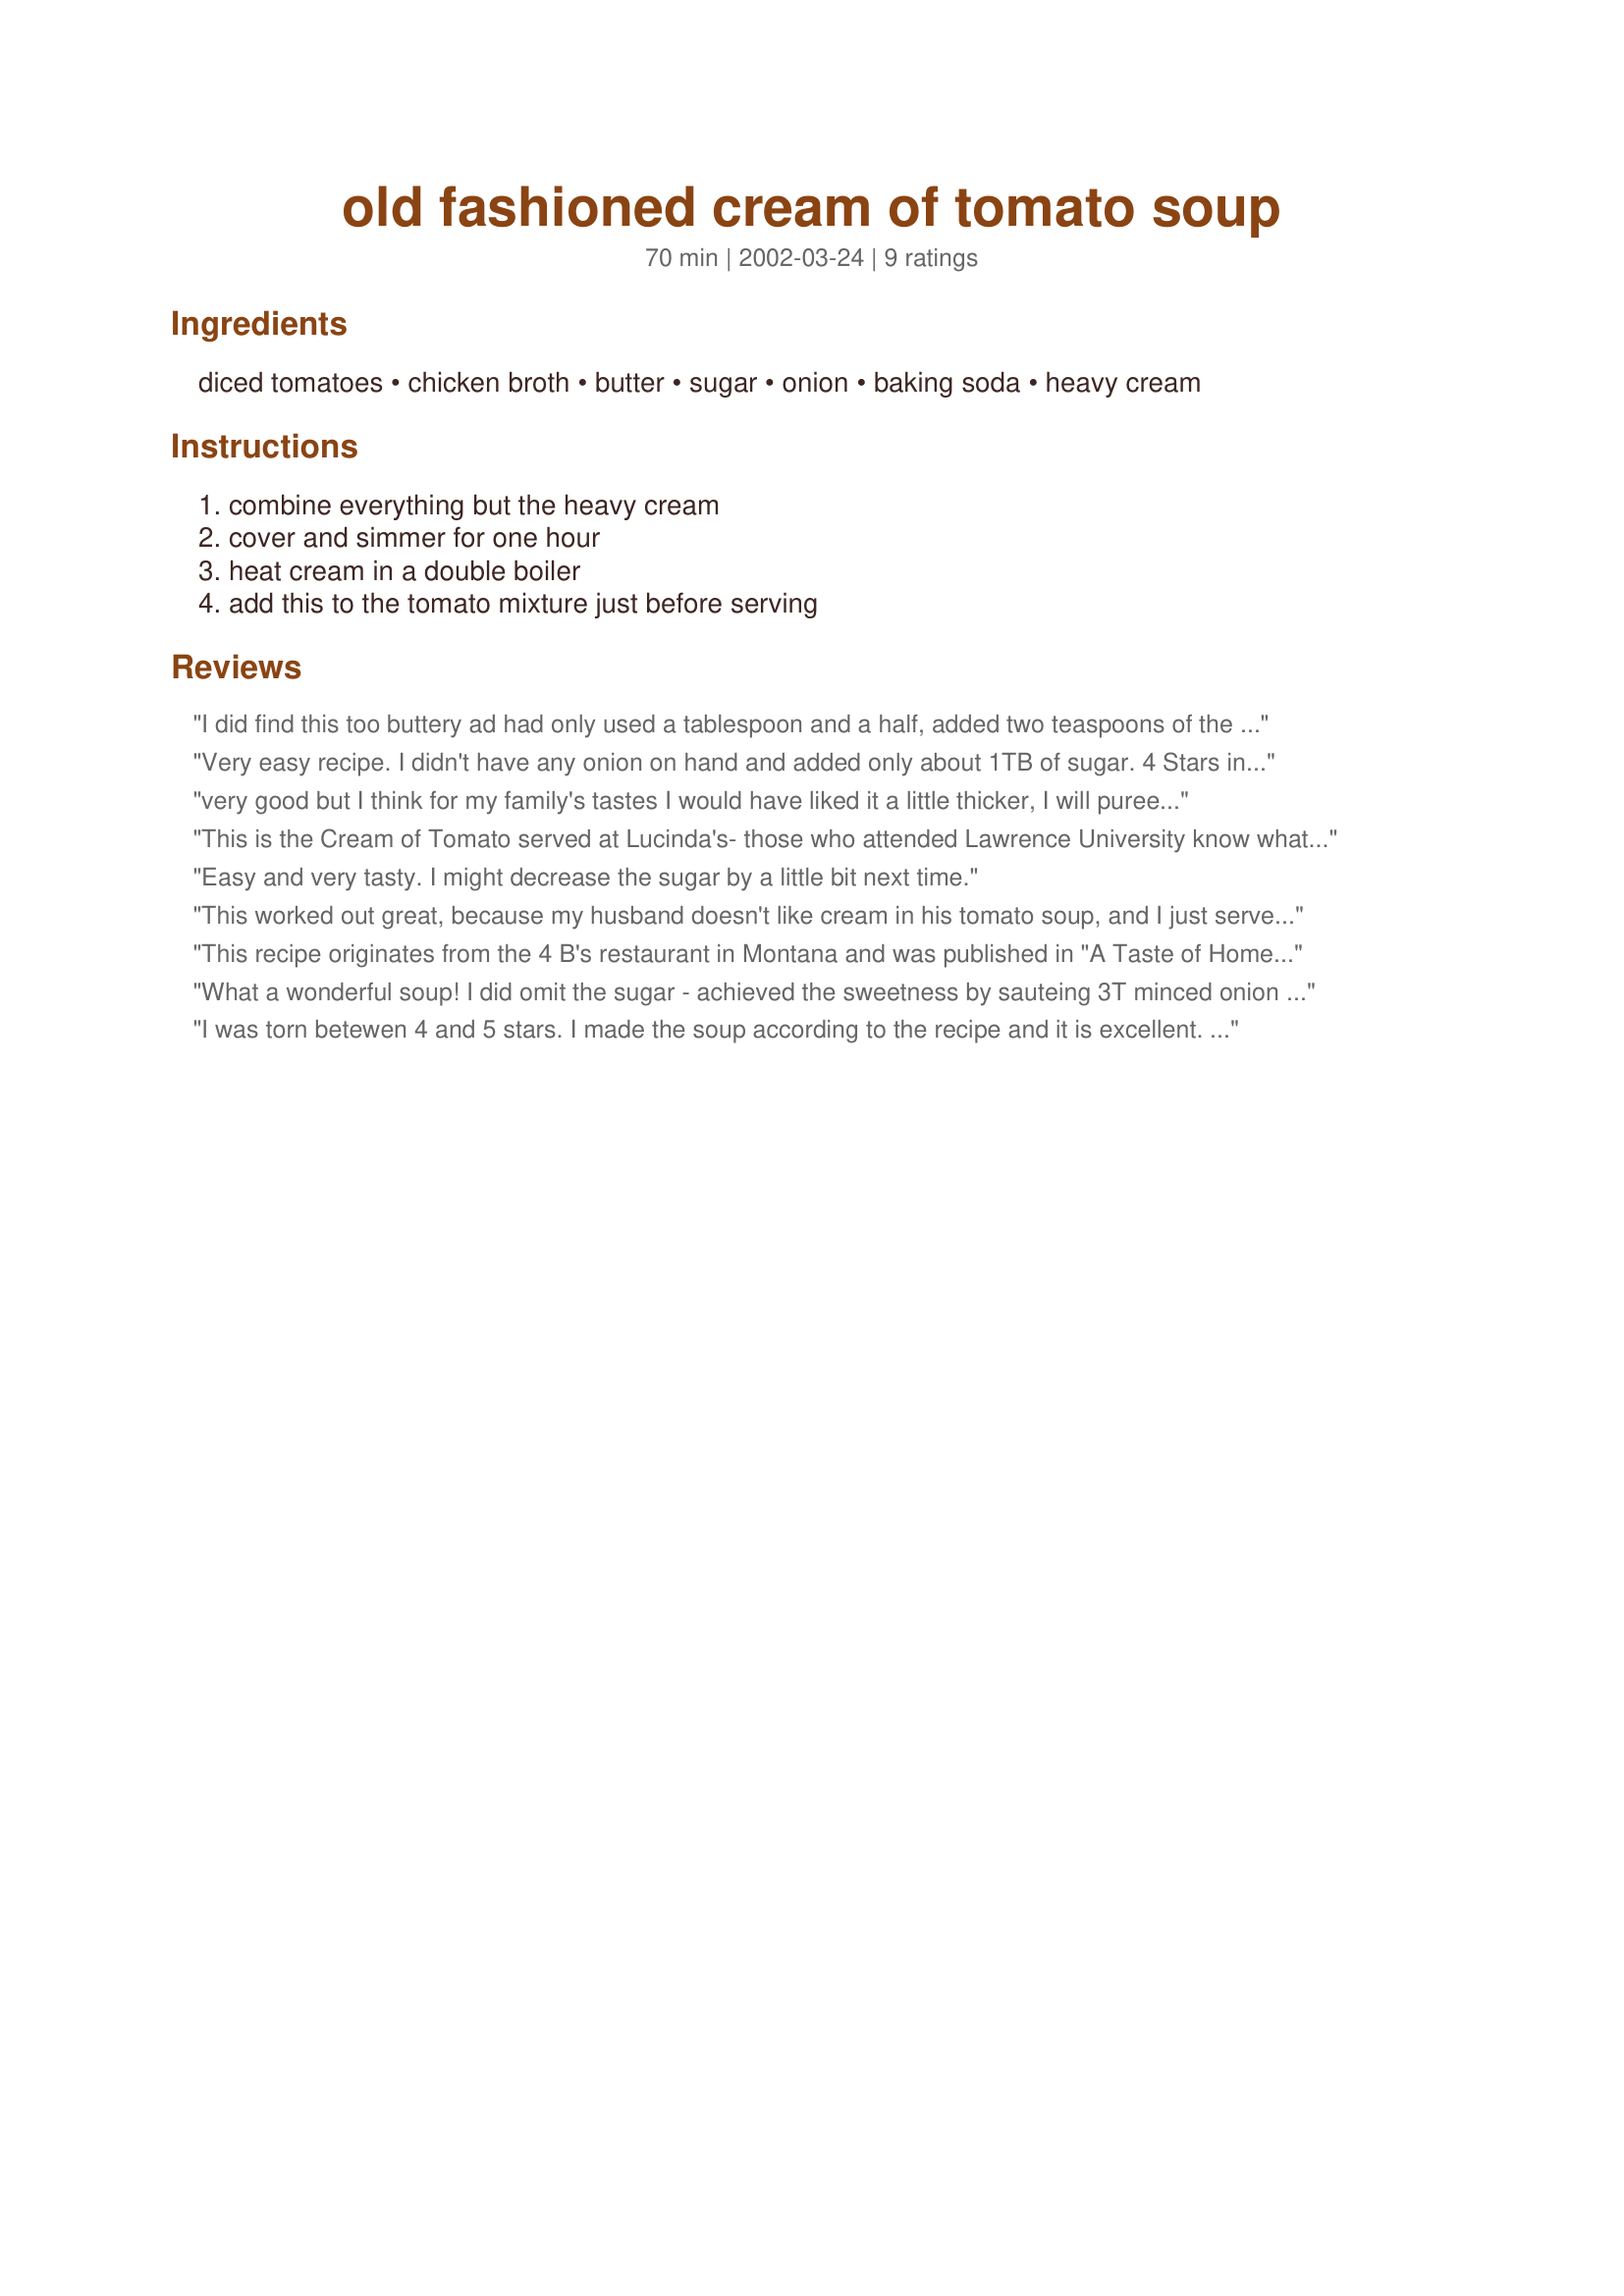
old fashioned cream of tomato soup
Preparation time: 70 minutes

Ingredients:
diced tomatoes, chicken broth, butter, sugar, onion, baking soda, heavy cream

Steps:
combine everything but the heavy cream, cover and simmer for one hour, heat cream in a double boiler, add this to the tomato mixture just before serving

Reviews:
I did find this too buttery ad had only used a tablespoon and a half, added two teaspoons of the sugar only as I had added one whole carrot and a rib of celery and a spring of fresh dried parsley,for more flavour. I also added one cup of half and half as all my cream mixture at the end.
 It was a nice different soup, after having a scoop I added a little lemon pepper seasoning and that seemed to bring it more together, as to what I was looking for.

Will make again, its a nice pantry soup ingredients always on hand. Went well with a grilled melting cheese sandwich.
Very easy recipe. I didn't have any onion on hand and added only about 1TB of sugar. 4 Stars instead of 5 for excluding the necessary salt and pepper. Definitely needs basic seasoning to bring out the proper flavors. Make sure you don't overheat the cream/half&half or it will break.
very good but I think for my family's tastes I would have liked it a little thicker, I will puree the mixture next time, I added in some crushed chili flakes and fresh garlic, thanks for sharing Charlotte!
This is the Cream of Tomato served at Lucinda's- those who attended Lawrence University know what I'm talkin about ;) To get the same flavor... they substitute 1/2 the cream with liquid coffee creamer and the rest with half and half to keep the calories down, whichever you use, don't forget to temper the cream first- curdled cream is yucky. We never used that much sugar, at home I use 2 teaspoons of sugar, it's plenty. Make it to share, it's souper easy and tastes GREAT- real comfort food!
Easy and very tasty. I might decrease the sugar by a little bit next time.
This worked out great, because my husband doesn't like cream in his tomato soup, and I just served his up before finishing the soup. It tasted great! Thanks!
This recipe originates from the 4 B's restaurant in Montana and was published in "A Taste of Home" in '94. I pinched the recipe out of the magazine in the hospital waiting room today to make one of my wife's favourite comfort foods. She says it's even better than her great grandmother's. I can't take the credit for that compliment since this recipe is so simple and easy to prepare.
What a wonderful soup! I did omit the sugar - achieved the sweetness by sauteing 3T minced onion with a small minced carrot in 2T butter (I was trying to reduce the fat & I avoid adding white sugar whenever possible) until they were mildly caramelized. Used chicken base from Costco with water for the broth which I added to the onion/carrot blend. Used crushed tomatoes (thought I had a can of diced but didn't) & the baking soda. After simmering I blended the tomato mix. Used 1 cup heavy cream & 1 cup whole milk (ran out of heavy cream). This was marvelous! DH had 2 bowls (after initially whining about not liking cream of tomato soup). Served with fresh Recipe#47081 & slices of Maluarosa cheese floated on the piping hot soup. This one goes into the keeper file. Thank you for posting Charlotte!
I was torn betewen 4 and 5 stars. I made the soup according to the recipe and it is excellent. It's pretty sweet and next time I may omit the sugar and see how I like that. That said, I have a very sweet tooth, and I may change nothing. That's why I went with 5 stars.
